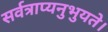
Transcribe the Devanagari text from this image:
सर्वत्राप्यनुभुयते।